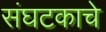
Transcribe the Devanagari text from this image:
संघटकाचे